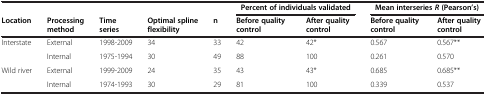
|  |  |  |  |  | <COLSPAN=2> Percent of individuals validated | <COLSPAN=2> Mean interseries R (Pearson’s) |
 | Location | Processing method | Time series | Optimal spline flexibility | n | Before quality control | After quality control | Before quality control | After quality control |
 | --- | --- | --- | --- | --- | --- | --- | --- | --- |
 | <ROWSPAN=2> Interstate | External | 1998-2009 | 34 | 33 | 42 | 42* | 0.567 | 0.567** |
 | Internal | 1975-1994 | 30 | 49 | 88 | 100 | 0.261 | 0.570 |
 | <ROWSPAN=2> Wild river | External | 1999-2009 | 24 | 35 | 43 | 43* | 0.685 | 0.685** |
 | Internal | 1974-1993 | 30 | 29 | 81 | 100 | 0.339 | 0.537 |